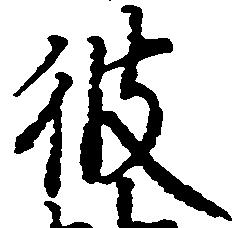
彼